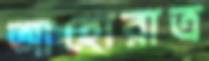
আহোরাত্র